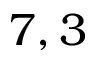
7 , 3